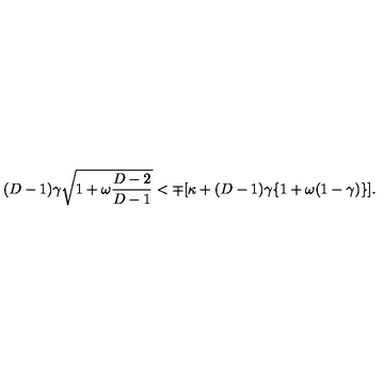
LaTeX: ( D - 1 ) \gamma \sqrt { 1 + \omega \frac { D - 2 } { D - 1 } } < \mp [ \kappa + ( D - 1 ) \gamma \{ 1 + \omega ( 1 - \gamma ) \} ] .